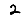
Digit: 2